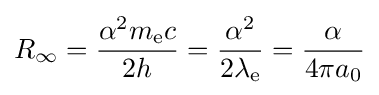
R_{\infty }={\frac {\alpha ^{2}m_{\text{e}}c}{2h}}={\frac {\alpha ^{2}}{2\lambda _{\text{e}}}}={\frac {\alpha }{4\pi a_{0}}}